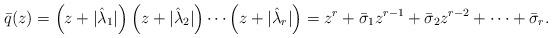
LaTeX: \begin{align*} \bar q(z)=\left(z+|\hat\lambda_{1}|\right)\left(z+|\hat\lambda_{2}|\right)\cdots\left(z+|\hat\lambda_{r}|\right)=z^r+\bar\sigma_1 z^{r-1}+\bar\sigma_2 z^{r-2}+\cdots+\bar\sigma_r.\end{align*}